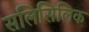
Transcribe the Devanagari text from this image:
सलिसिलिक